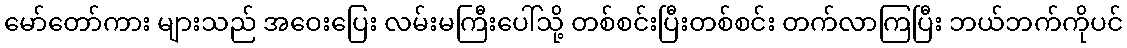
မော်တော်ကား များသည် အဝေးပြေး လမ်းမကြီးပေါ်သို့ တစ်စင်းပြီးတစ်စင်း တက်လာကြပြီး ဘယ်ဘက်ကိုပင်